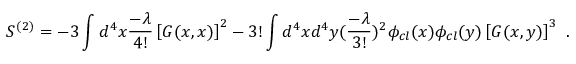
S ^ { ( 2 ) } = - 3 \int d ^ { 4 } x { \frac { - \lambda } { 4 ! } } \left[ G ( x , x ) \right] ^ { 2 } - 3 ! \int d ^ { 4 } x d ^ { 4 } y ( { \frac { - \lambda } { 3 ! } } ) ^ { 2 } \phi _ { c l } ( x ) \phi _ { c l } ( y ) \left[ G ( x , y ) \right] ^ { 3 } \, \, .